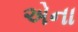
એના